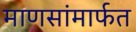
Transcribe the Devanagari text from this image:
माणसांमार्फत